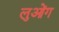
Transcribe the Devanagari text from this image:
लुओंग